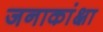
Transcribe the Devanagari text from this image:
जनाकांक्षा